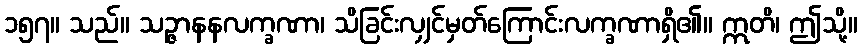
၁၅၇။ သည်။ သဉ္ဇာနနလက္ခဏာ၊ သိခြင်းလျှင်မှတ်ကြောင်းလက္ခဏာရှိ၏။ ဣတိ၊ ဤသို့။